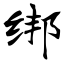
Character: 绑